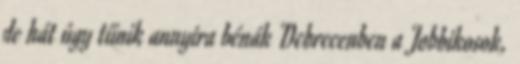
de hát úgy tűnik annyira bénák Debrecenben a Jobbikosok,